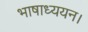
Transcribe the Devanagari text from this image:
भाषाध्ययन।